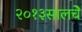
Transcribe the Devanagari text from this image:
२०१३सालचेे